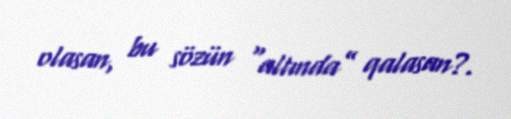
olasan, bu sözün “altında” qalasan?.